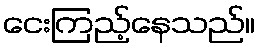
ငေးကြည့်နေသည်။